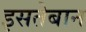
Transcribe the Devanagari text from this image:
इसतेबान